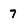
Character: 7